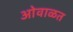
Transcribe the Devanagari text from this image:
ओवाळत